Calcutta medical institutions reports 1892-1900
Year: 1892
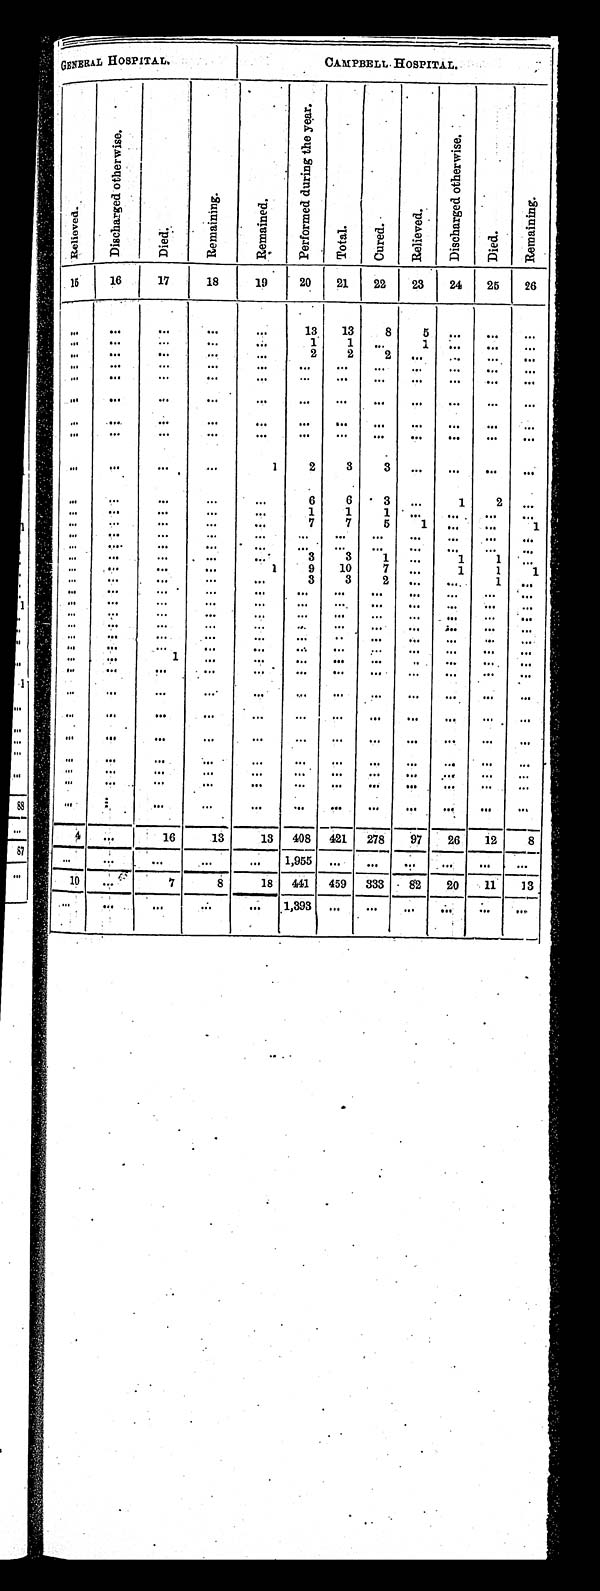
GENERAL HOSPITAL.
CAMPBELL HOSPITAL.
R e l i e v e d .
D i s c h a r g e d o t h e r w i s e .
D i e d .
R e m a i n i n g .
R e m a i n e d .
P e r f o r m e d d u r i n g t h e y e a r .
T o t a l .
C u r e d .
R e l i e v e d .
D i s c h a r g e d o t h e r w i s e .
Di e d .
R e m a i n i n g .
15
16
17
18
19
20
21
22
23
24
25
26
. . .
. . .
. . .
. . .
. . .
13
13
8
5
. . .
. . . . . .
. . .
. . .
. . .
. . .
. . .
1
1
. . .
1
. . .
. . . . . .
. . .
. . .
. . . . . .
. . .
2
2
2
. . .
. . .
. . . . . .
. . .
. . .
. . .
. . .
. . .
. . .
. . .
. . .
. . .
. . .
. . .
. . .
. . .
. . .
. . .
. . . . . .
. . .
. . .
. . .
. . .
. . .
. . . . . .
. . .
. . .
. . .
. . .
. . .
. . .
. . .
. . .
. . .
. . .
. . .
. . .
. . .
. . .
. . .
. . .
. . .
. . .
. . .
. . .
. . .
. . .
. . .. . .
. . .
. . .
. . .
. . .
. . .
. . .
. . .
. . .
. . .
. . .
. . .. . .
. . .
. . .
. . .
. . .
1
2
3
3
. . .. . .
. . .
. . .
. . .
. . .
. . .
. . .
. . .
6
6
3
. . .
1
2
. . .
. . .
. . .
. . .
. . .
. . .
1
1
1
. . .. . .
. . .
. . .
. . .
. . .
. . .
. . .
. . .
7
7
5
1
. . .
. . .
1
. . .
. . .
. . .
. . .
. . .
. . .
. . .
. . .
. . . . . .
. . .
. . .
. . .
. . .
. . .
. . .
. . .
. . .
. . .
. . .
. . . . . .
. . .
. . .
. . .
. . .
. . .
. . .
. . .
3
3
1
. . .
1
1
. . .
. . .
. . .
. . .
. . .
1
9
10
7
. . .
1
1
1
. . .
. . .
. . .
. . .
. . .
3
3
2
. . .. . .
1
. . .
. . .
. . .
. . .
. . .
. . .
. . .
. . .
. . .
. . .. . .
. . .
. . .
. . .
. . .
. . .
. . .
. . .
. . .
. . .
. . .
. . .
. . .
. . .
. . .
. . .
. . .
. . .
. . .
. . .
. . .
. . .
. . .
. . . . . .
. . .
. . .
. . .
. . .
. . .
. . .
. . .
. . .
. . .
. . .
. . . . . .
. . .
. . .
. . .
. . .
. . .
. . .
. . .
. . .
. . .
. . .
. . .
. . .
. . .
. . .
. . .
. . .
. . .
. . .
. . .
. . .
. . .
. . .
. . . . . .
. . .
. . .
. . .
. . .
1
. . .
. . .
. . .
. . .
. . .
. . . . . .
. . .
. . .
. . .
. . .
. . .
. . .
. . .
. . .
. . .
. . .
. . . . . .
. . .
. . .
. . .
. . .
. . .
. . .
. . .
. . .
. . .
. . .
. . . . . .
. . .
. . .
. . .
. . .
. . .
. . .
. . .
. . .
. . .
. . .
. . . . . .
. . .
. . .
. . .
. . .
. . .
. . .
. . .
. . .
. . .
. . .
. . . . . .
. . .
. . .
. . .
. . .
. . .
. . .
. . .
. . .
. . .
. . .
. . . . . .
. . .
. . .
. . .
. . .
. . .
. . .
. . .
. . .
. . .
. . .
. . . . . .
. . .
. . .
. . .
. . .
. . .
. . .
. . .
. . .
. . .
. . .
. . . . . .
. . .
. . .
. . .
. . .
. . .
. . .
. . .
. . .
. . .
. . .
. . .
. . .
. . .
. . .
4
. . .
16
13
13
408
421
278
97
26
12
8
. . .
. . .
. . .
. . .
. . .
1,955
. . .
. . .
. . . . . .
. . .
. . .
10
. . .
7
8
18
441
459
333 82
20
11
13
. . .
. . .
. . .
. . .
. . .
1,393
. . .
. . .
. . .. . .
. . .
. . .